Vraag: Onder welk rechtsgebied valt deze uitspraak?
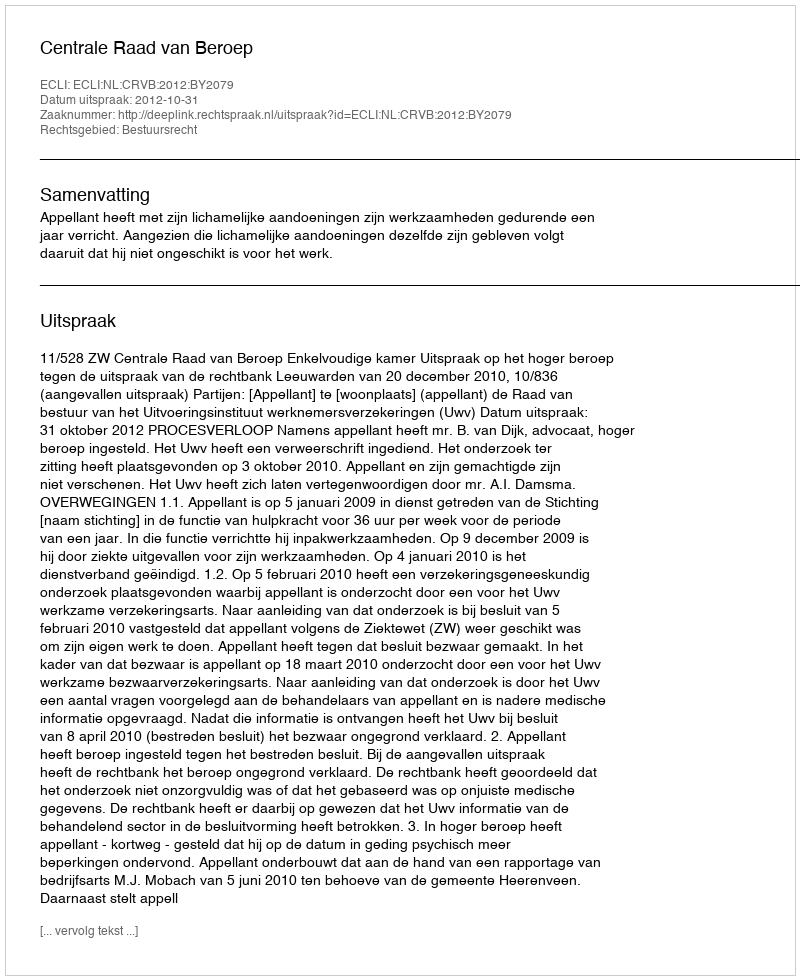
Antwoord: Bestuursrecht